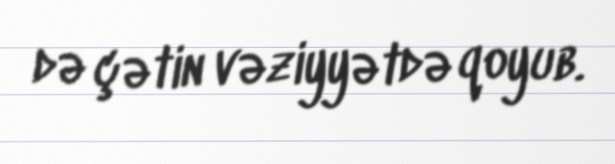
də çətin vəziyyətdə qoyub.